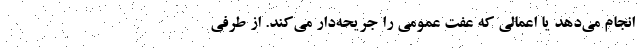
انجام می‌دهد یا اعمالی که عفت عمومی را جریحه‌‌دار می‌کند. از طرفی